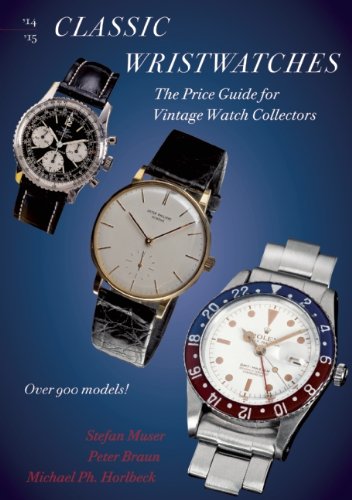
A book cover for Classic Wristwatches 2014-2015: The Price Guide for Vintage Watch Collectors; Stefan Muser; Crafts, Hobbies & Home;